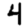
Digit: 4